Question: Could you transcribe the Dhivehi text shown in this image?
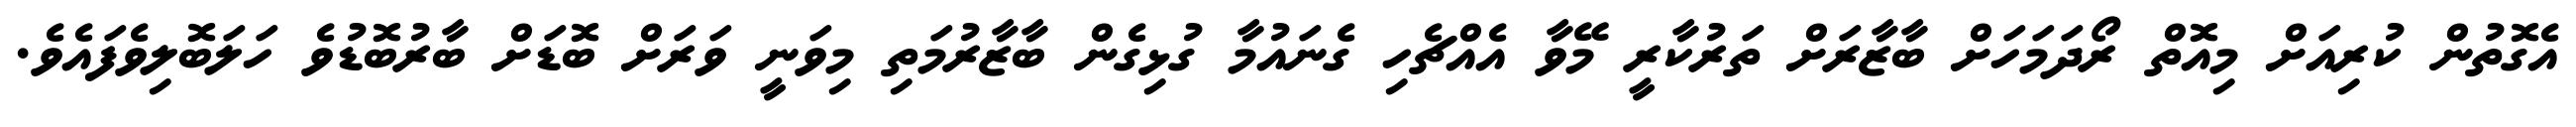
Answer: އެގޮތުން ކުރިއަށް މިއޮތް ރޯދަމަހަށް ބާޒާރަށް ތަރުކާރީ މޭވާ އެއްޗެހި ގެނައުމާ ގުޅިގެން ބާޒާރުމަތި މިވަނީ ވަރަށް ބޮޑަށް ބާރުބޮޑުވެ ހަލަބޮލިވެފައެވެ.